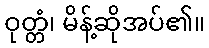
ဝုတ္တံ၊ မိန့်ဆိုအပ်၏။